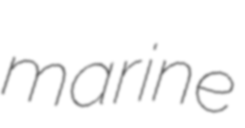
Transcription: marine